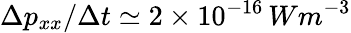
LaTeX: \Delta p_{xx}/\Delta t\simeq 2\times 10^{-16}\, Wm^{-3}